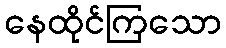
နေထိုင်ကြသော